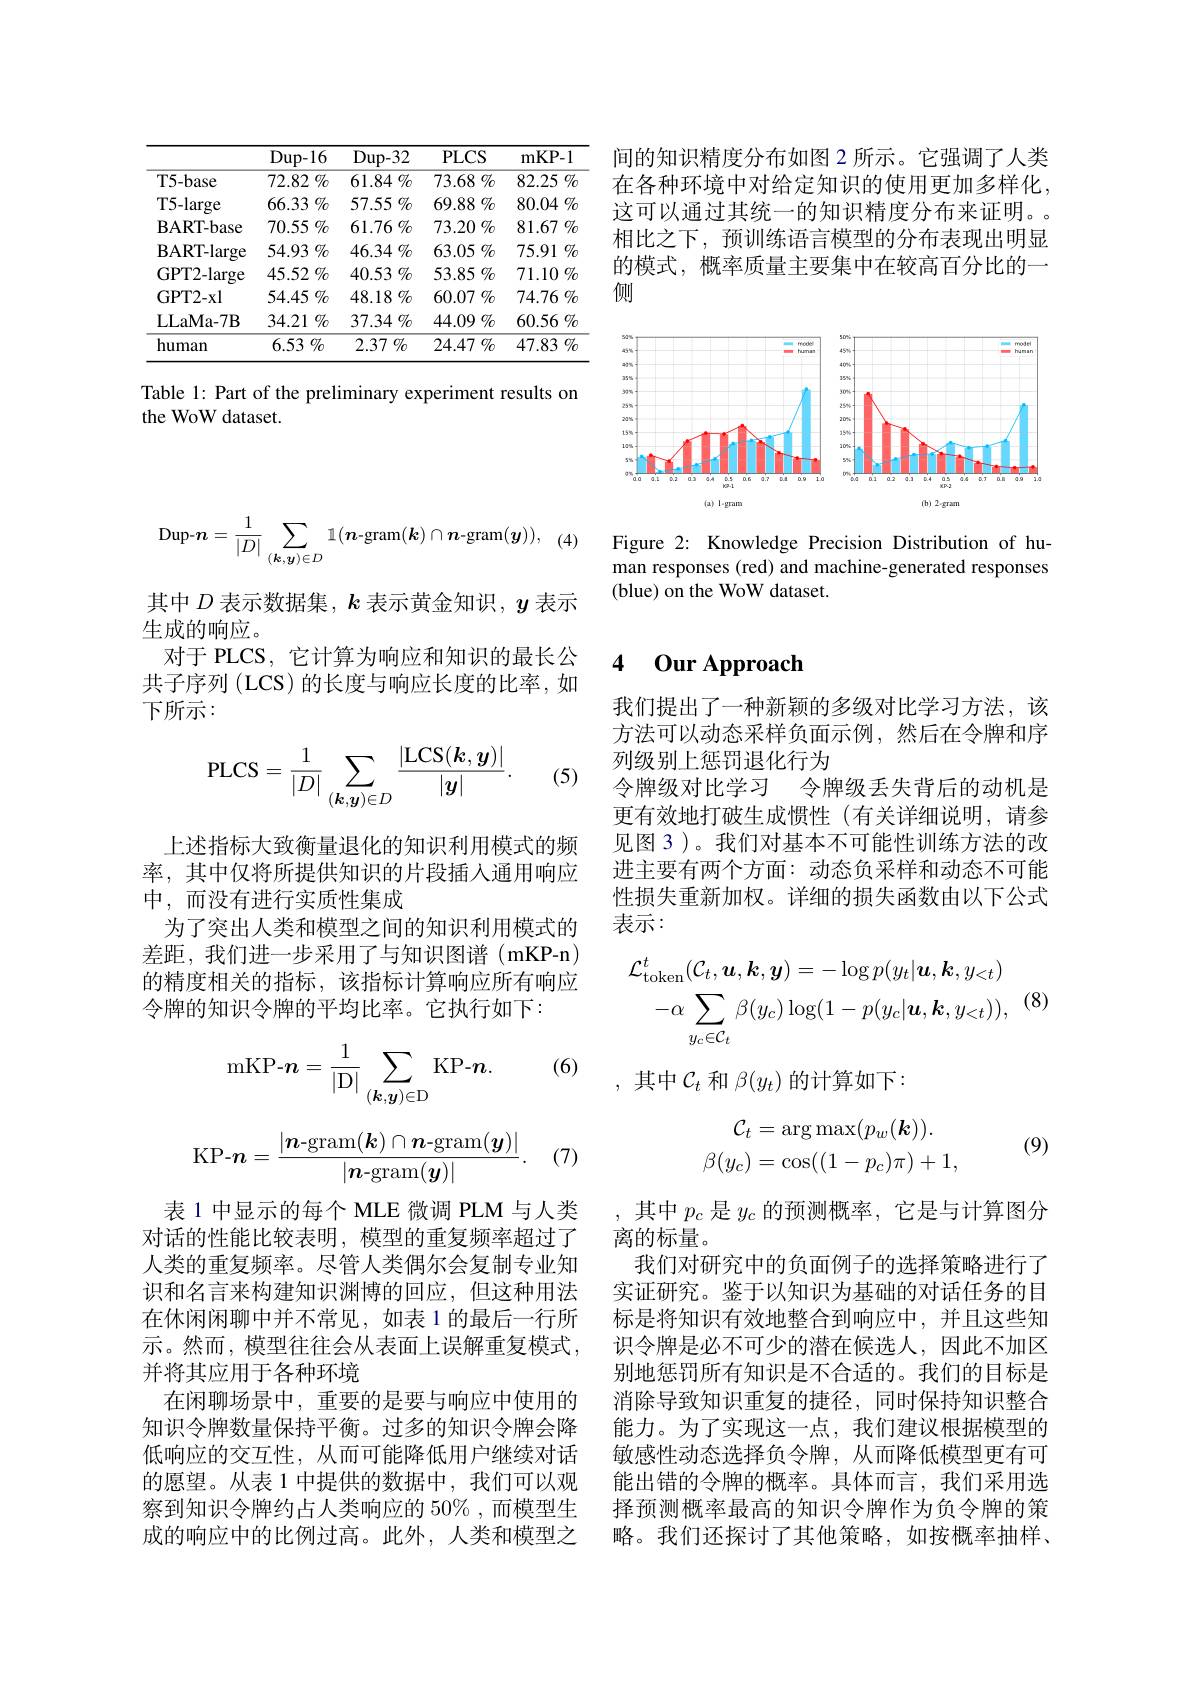
<table>
	<tbody>
		<tr>
			<th> </th>
			<th>Dup- 16</th>
			<th>Dup- 32</th>
			<th>$PLCS$</th>
			<th>mKP- 1</th>
		</tr>
		<tr>
			<td>T5-base</td>
			<td>72.82 $\%$</td>
			<td>$61.84\%$</td>
			<td>73.68 $\%$</td>
			<td>82.25 $\%$</td>
		</tr>
		<tr>
			<td>T5-large</td>
			<td>66.33 $\%$</td>
			<td>57.55 $\%$</td>
			<td>69.88 $\%$</td>
			<td>80.04 $\%$</td>
		</tr>
		<tr>
			<td>$\mathbf{BART-base}$</td>
			<td>70.55 $\%$</td>
			<td>$61.76\%$</td>
			<td>73.20 $\%$</td>
			<td>81.67 $\%$</td>
		</tr>
		<tr>
			<td>BART- large</td>
			<td>54.93 $\%$</td>
			<td>$46.34\%$</td>
			<td>63.05 $\%$</td>
			<td>$75.91\%$</td>
		</tr>
		<tr>
			<td>GPT2-large</td>
			<td>45.52 $\%$</td>
			<td>40.53 $\%$</td>
			<td>53.85 $\%$</td>
			<td>71.10 $\%$</td>
		</tr>
		<tr>
			<td>GPT2- xl</td>
			<td>54.45 $\%$</td>
			<td>$48.18\%$</td>
			<td>60.07 $\%$</td>
			<td>74.76 $\%$</td>
		</tr>
		<tr>
			<td>LLaMa- 7B</td>
			<td>$34.21\%$</td>
			<td>$37.34\%$</td>
			<td>$44.09\%$</td>
			<td>$60.56\%$</td>
		</tr>
		<tr>
			<td>human</td>
			<td>6.53 $\%$</td>
			<td>2.37 $\%$</td>
			<td>24.47 $\%$</td>
			<td>47.83 $\%$</td>
		</tr>
	</tbody>
</table>

Table 1: Part of the preliminary experiment results on
the WoW dataset.
$$\text{Dup-}n=\frac{1}{|D|}\sum_{(\boldsymbol{k},\boldsymbol{y})\in D}\mathbb{1}(\boldsymbol{n}\mathrm{-gram}(\boldsymbol{k})\cap\boldsymbol{n}\mathrm{-gram}(\boldsymbol{y})),$$
(4

其中$D$表示数据集，$k$表示黄金知识，$y$表示
生成的响应。
对于 PLCS, 它计算为响应和知识的最长公共子序列 (LCS) 的长度与响应长度的比率，如下所示：
$$\mathrm{PLCS}=\frac{1}{|D|}\sum_{(\boldsymbol{k},\boldsymbol{y})\in D}\frac{|\mathrm{LCS}(\boldsymbol{k},\boldsymbol{y})|}{|\boldsymbol{y}|}.$$
(5)

上述指标大致衡量退化的知识利用模式的频率，其中仅将所提供知识的片段插人通用响应中，而没有进行实质性集成
为了突出人类和模型之间的知识利用模式的差距，我们进一步采用了与知识图谱(mKP-n) 的精度相关的指标，该指标计算响应所有响应令牌的知识令牌的平均比率。它执行如下：

(6)
$$\text{mKP-}n=\frac{1}{|\text{D}|}\sum_{(\boldsymbol{k},\boldsymbol{y})\in\text{D}}\text{KP-}\boldsymbol{n}.$$
$$\text{KP-}n=\frac{|n\text{-gram}(\boldsymbol{k})\cap\boldsymbol{n}\text{-gram}(\boldsymbol{y})|}{|\boldsymbol{n}\text{-gram}(\boldsymbol{y})|}.$$
(7)

表 1 中显示的每个 MLE 微调 PLM 与人类对话的性能比较表明，模型的重复频率超过了人类的重复频率。尽管人类偶尔会复制专业知识和名言来构建知识渊博的回应，但这种用法在休闲闲聊中并不常见，如表 1 的最后一行所示。然而，模型往往会从表面上误解重复模式， 并将其应用于各种环境
在闲聊场景中，重要的是要与响应中使用的知识令牌数量保持平衡。过多的知识令牌会降低响应的交互性，从而可能降低用户继续对话的愿望。从表 1 中提供的数据中，我们可以观察到知识令牌约占人类响应的 50% ,而模型生成的响应中的比例过高。此外，人类和模型之

间的知识精度分布如图 2 所示。它强调了人类在各种环境中对给定知识的使用更加多样化， 这可以通过其统一的知识精度分布来证明。。相比之下，预训练语言模型的分布表现出明显的模式，概率质量主要集中在较高百分比的一侧

<FigureHere>

Figure 2: Knowledge Precision Distribution of human responses (red) and machine-generated responses (blue) on the WoW dataset.

## 4 0ur Approach

我们提出了一种新颖的多级对比学习方法，该方法可以动态采样负面示例，然后在令牌和序列级别上惩罚退化行为
令牌级对比学习 令牌级丢失背后的动机是更有效地打破生成惯性(有关详细说明，请参见图 3)。我们对基本不可能性训练方法的改进主要有两个方面：动态负采样和动态不可能性损失重新加权。详细的损失函数由以下公式表示：
$$\mathcal{L}_{\mathrm{token}}^{t}(\mathcal{C}_{t},\boldsymbol{u},\boldsymbol{k},\boldsymbol{y})=-\log p(y_{t}|\boldsymbol{u},\boldsymbol{k},y_{<t})\\-\alpha\sum_{y_{c}\in\mathcal{C}_{t}}\beta(y_{c})\log(1-p(y_{c}|\boldsymbol{u},\boldsymbol{k},y_{<t})),$$
,其中$\mathcal{C}_t$和$\beta(y_t)$的计算如下：
$$\begin{aligned}\mathcal C_t&=\arg\max(p_w(\boldsymbol k)).\\\beta(y_c)&=\cos((1-p_c)\pi)+1,\end{aligned}$$
(9)

,其中$p_c$是$y_c$的预测概率，它是与计算图分
离的标量。
我们对研究中的负面例子的选择策略进行了实证研究。鉴于以知识为基础的对话任务的目标是将知识有效地整合到响应中，并且这些知识令牌是必不可少的潜在候选人，因此不加区别地惩罚所有知识是不合适的。我们的目标是消除导致知识重复的捷径，同时保持知识整合能力。为了实现这一点，我们建议根据模型的敏感性动态选择负令牌，从而降低模型更有可能出错的令牌的概率。具体而言，我们采用选择预测概率最高的知识令牌作为负令牌的策略。我们还探讨了其他策略，如按概率抽样、